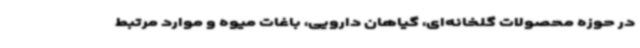
در حوزه محصولات گلخانه‌ای، گیاهان دارویی، باغات میوه و موارد مرتبط